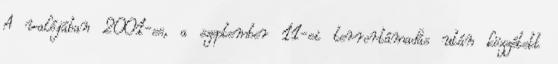
A valójában 2001-es, a szeptember 11-ei terrortámadás után közzétett